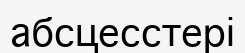
абсцесстері